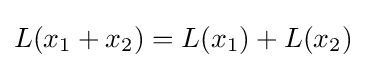
L(x_{1}+x_{2})=L(x_{1})+L(x_{2})